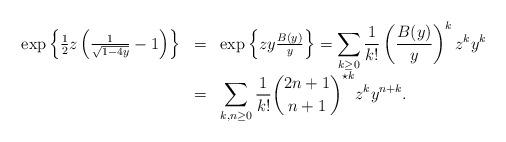
LaTeX: \begin{align*} \begin{array}{rcl} \exp\left\{\frac12z\left(\frac1{\sqrt{1-4y}}-1\right)\right\} &=&\exp\left\{zy{B(y)\over y}\right\} =\displaystyle\sum_{k\geq 0}\frac1{k!}\left({B(y)\over y}\right)^{k}z^{k}y^{k}\\ &=&\displaystyle\sum_{k,n\geq 0}\frac1{k!}{\binom{2n+1}{n+1}}^{\star k}z^{k}y^{n+k}. \end{array} \end{align*}